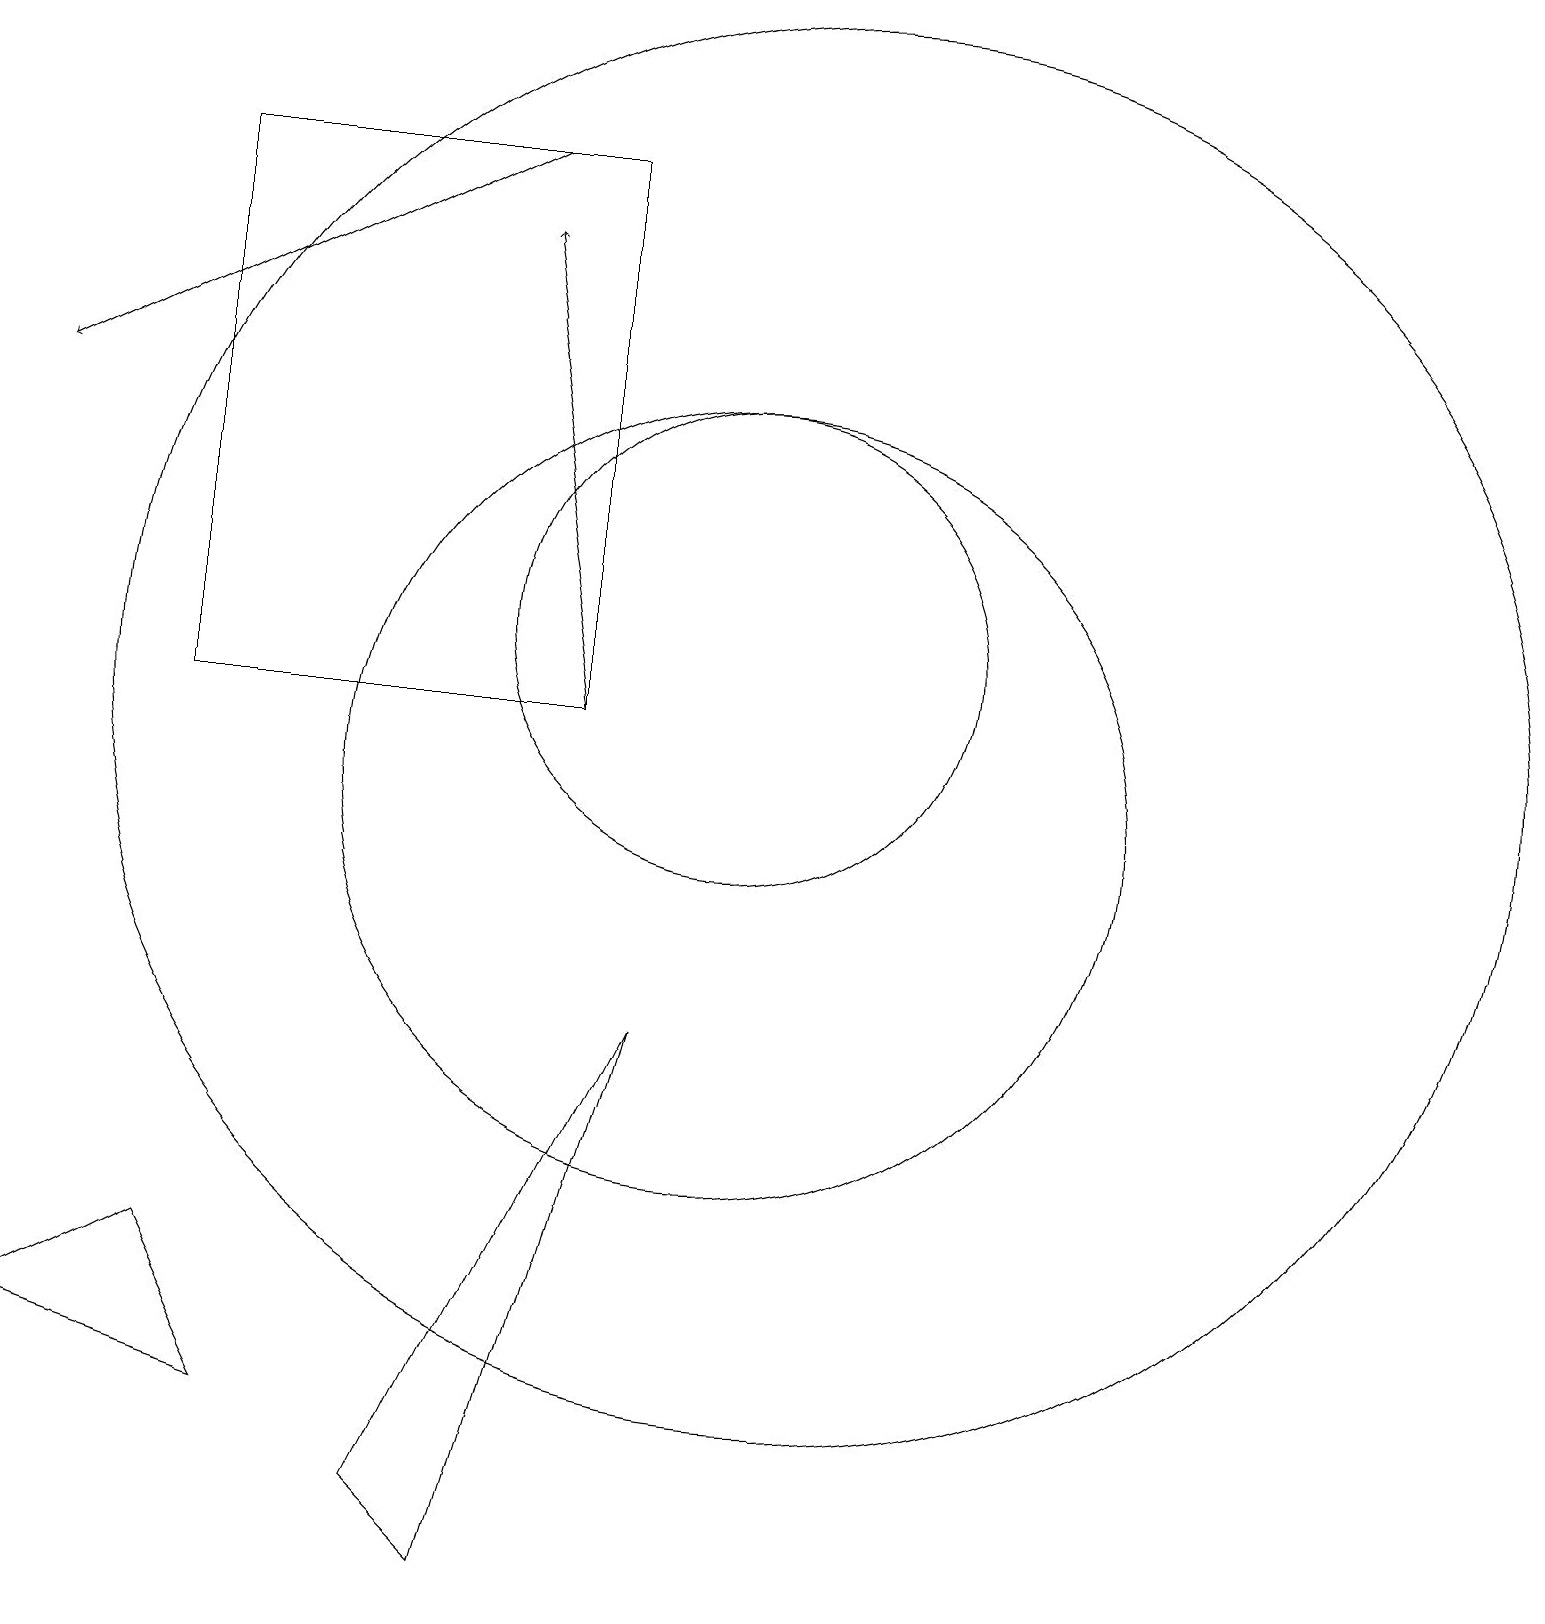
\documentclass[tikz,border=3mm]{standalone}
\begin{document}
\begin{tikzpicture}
\draw (6,1) -- (7,0) -- (9,7) -- cycle;
\draw (11,11) circle (9);
\draw (10,10) circle (5);
\draw (4,2) -- (1,3) -- (3,4) -- cycle;
\draw (10,12) circle (3);
\draw[->] (7,18) -- (1,15);
\draw[->] (8,11) -- (7,17);
\draw (8,18) rectangle (3,11);
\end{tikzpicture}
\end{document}